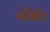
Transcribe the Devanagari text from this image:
लॅक्मे।